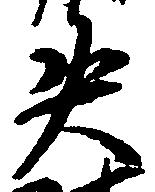
失